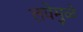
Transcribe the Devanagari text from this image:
लवेमुळे